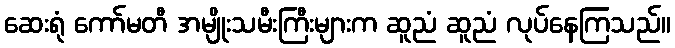
ဆေးရုံ ကော်မတီ အမျိုးသမီးကြီးများက ဆူညံ ဆူညံ လုပ်နေကြသည်။